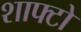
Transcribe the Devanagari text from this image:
शाफ्टो